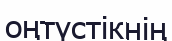
оңтүстікнің